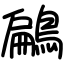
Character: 鶣